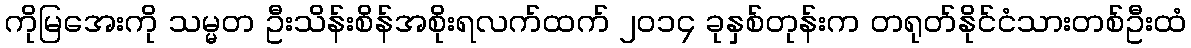
ကိုမြအေးကို သမ္မတ ဦးသိန်းစိန်အစိုးရလက်ထက် ၂၀၁၄ ခုနှစ်တုန်းက တရုတ်နိုင်ငံသားတစ်ဦးထံ